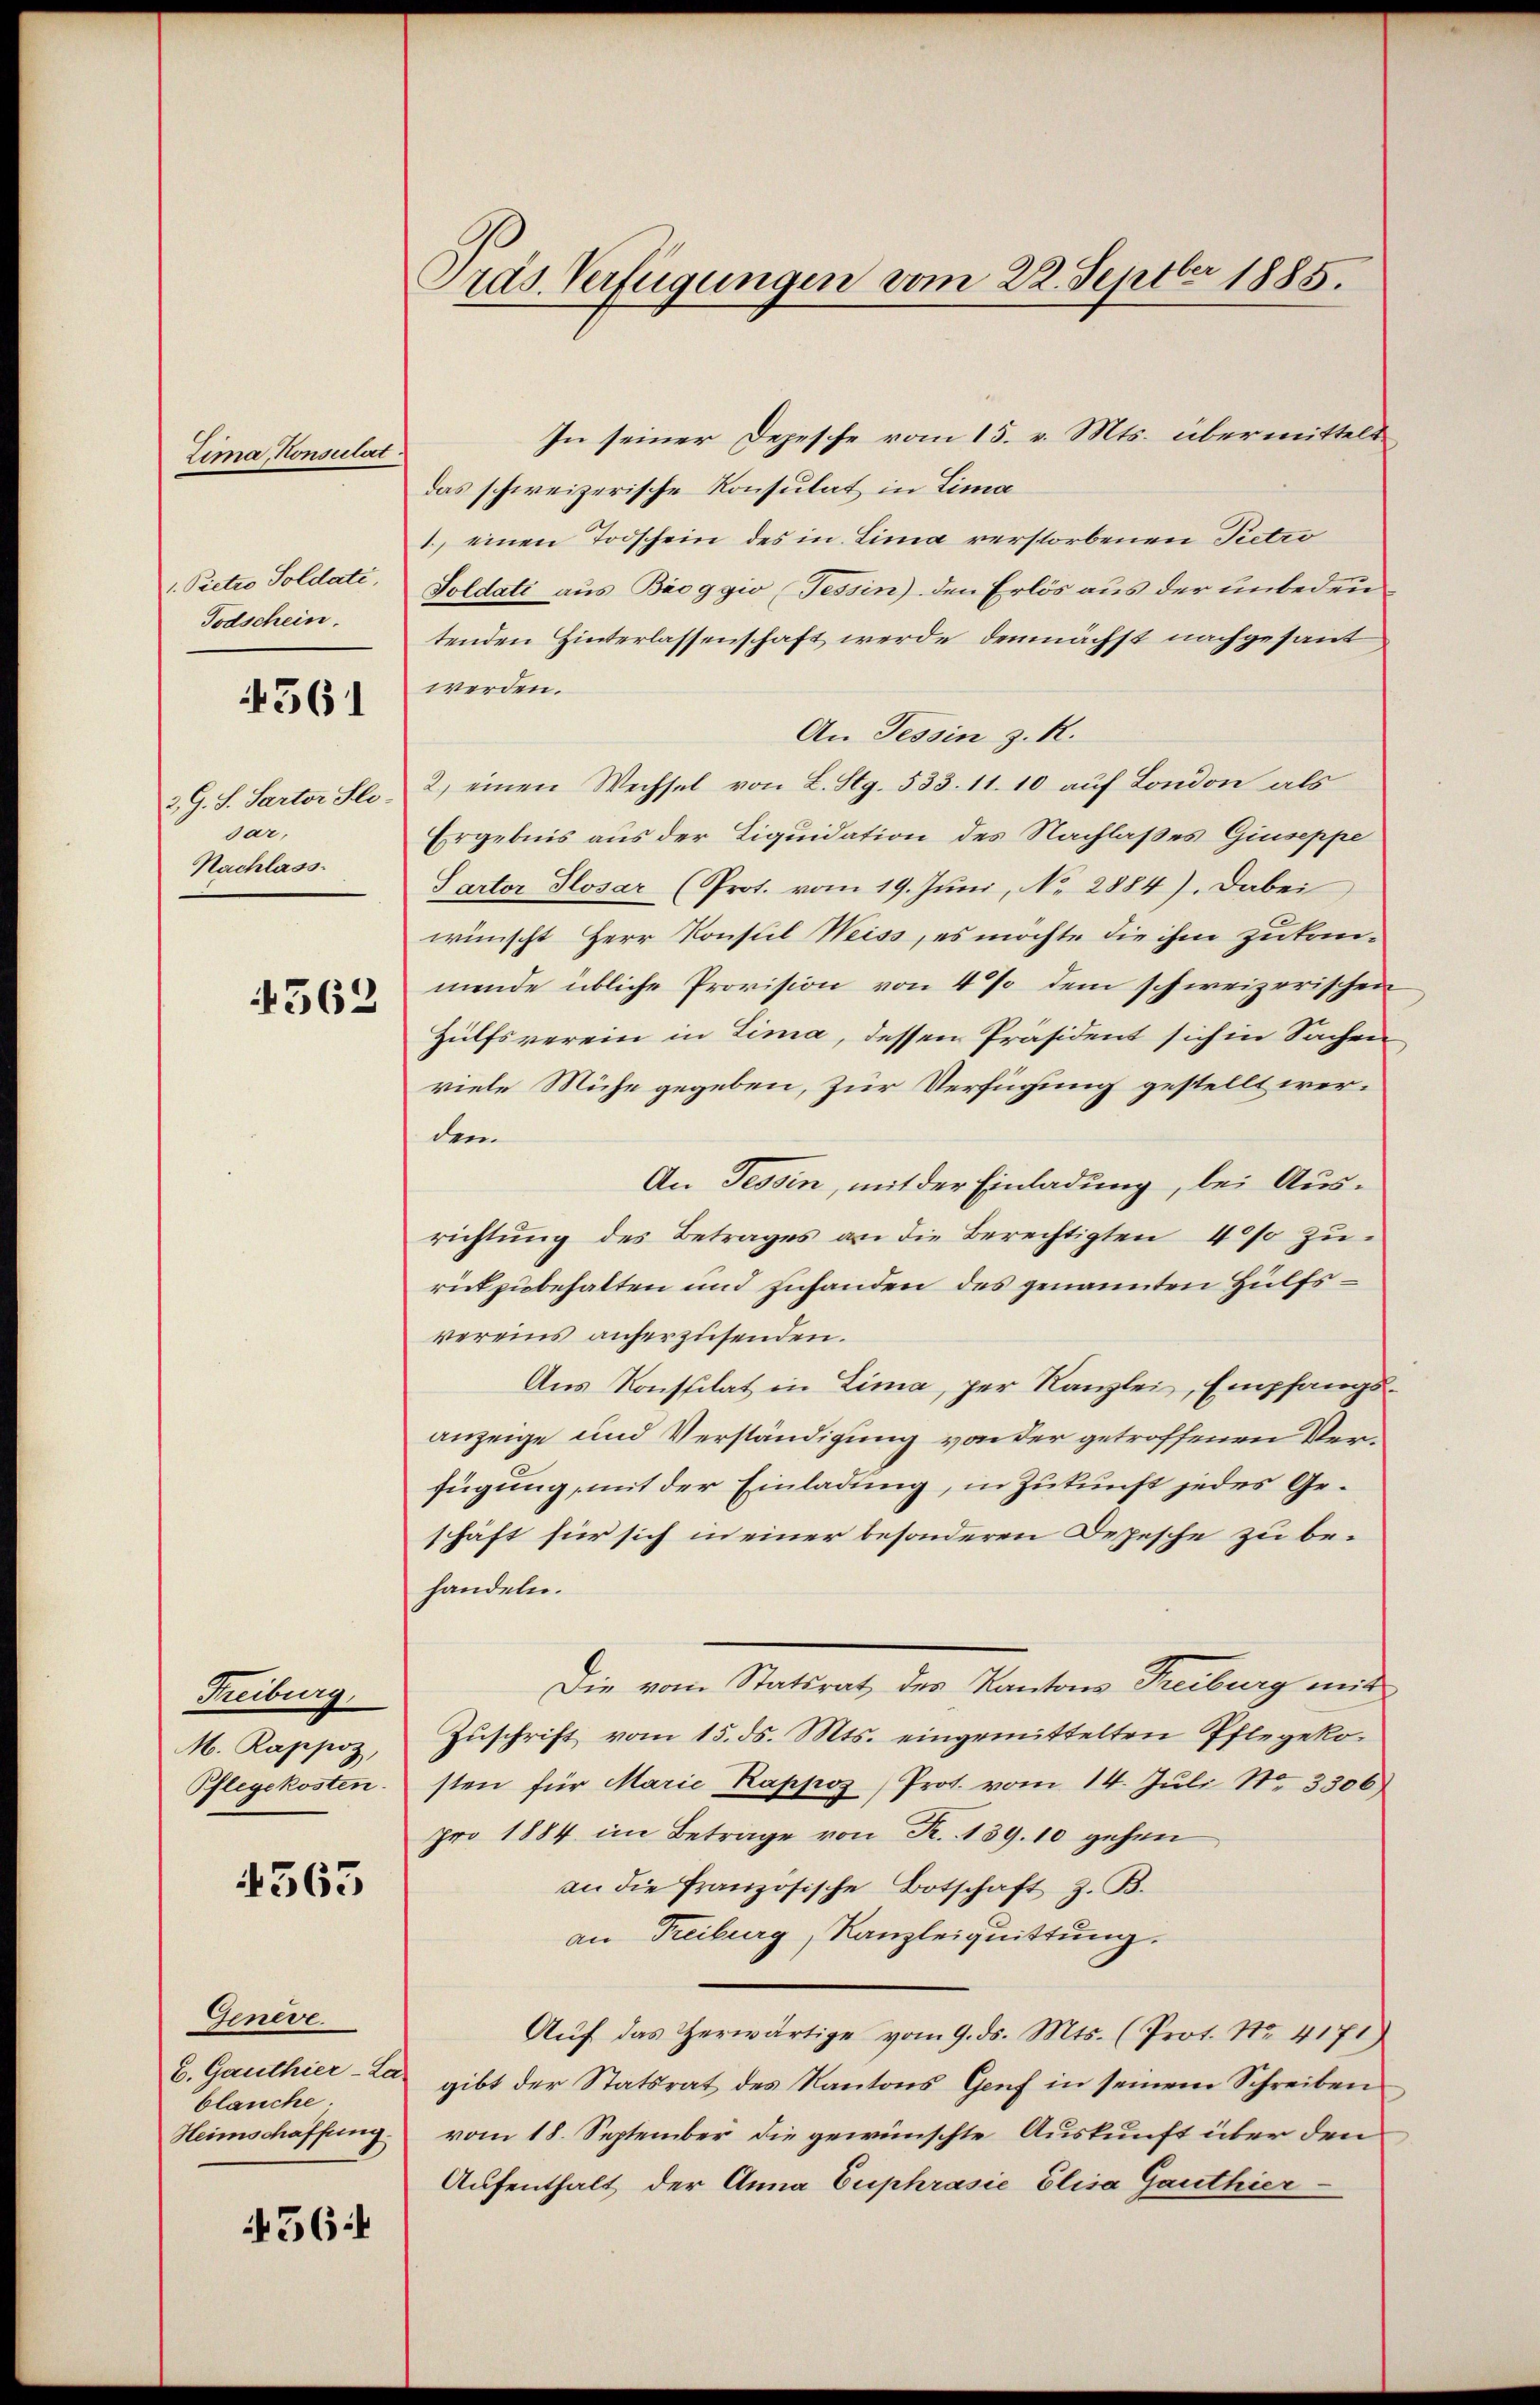
Zima, Konsulat
 Pietro Soldate,
Todschein.

561

2. G. S. Sartor Slodar,
Nachlass.

562

Freiburg,
M. Rappoz,
Pflegekosten.

4363

Genève.
b. Ganthier-La-
blauche.
Heimschaffung

56:

ras. Verfügungen vom 22. Septbr 1885.

In seiner Depesche vom 15. v. Mts. übermittelt
das schweizerische Konsulat in Lima
1., einen Todschein des in Lima verstorbenen Pietro
Soldati aus Broggio (Tessin) den Erlös aus der unbedeutenden Hinterlassenschaft werde demnächst nachgesant
werden.
An Tessin z. R.
2) einen Wechsel von L. Stg. 533. 11. 10 auf London als
Ergebnis aus der Liquidation des Nachlaßes Giuseppe
Sartor Glosar (Prot. vom 19. Jŭni, No. 2884). Dabei
wünscht Herr Konsul Weiss, es möchte die ihm zutan-
mende übliche Provision von 4 % dem schweizerischen
Hülfsverein in Lima, dessen Präsident sich in Sachen
viele Mühe gegeben, zur Verfügung gestellt werdem
An Tessin, mit der Einladung, bei Ausrichtŭng des Betrages an die Berechtigten 40% zŭ-
rückzubehalten und zuhanden des genannten Hülfsvereins anherzusenden.
Ans Konstilat in Lima, per Kanzlei, Empfangsanzeige und Verständigung von der getroffenen Verfügung, mit der Einladung, in Zukunft jedes Geschäft für sich in einer besonderen Depesche zu behandeln.
Die vom Statsrat des Kantons Treiburg mit
Zuschrift vom 15. ds. Mts. eingemittelten Pflegeko-
sten für Marie Rappos, Prot. vom 14. Juli Nr. 3306
pro 1884 im Betrage von K. 139. 10 gehen,
an die französische Botschaft z. B.
an Treiburg, Kanzleiquittung.
Aŭf das herwärtige vom 9. ds. Mts. (Prot. No. 4171)
gibt der Statsrat des Kantons Genf in seinem Schreiben
vom 18. September die gewünschte Auskunft über den
Aufenthalt der Anna Euphrasie Elisa Ganthier